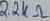
Text: 2.2KΩ